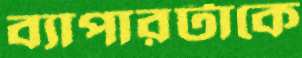
ব্যাপারটাকে